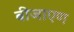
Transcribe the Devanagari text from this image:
बीजाएण